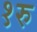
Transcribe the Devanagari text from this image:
१रु